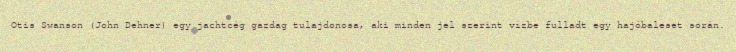
Otis Swanson (John Dehner) egy jachtcég gazdag tulajdonosa, aki minden jel szerint vízbe fulladt egy hajóbaleset során.